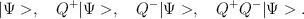
LaTeX: \begin{align*}|\Psi>, \hspace{4mm} Q^+ |\Psi>,\hspace{4mm} Q^- |\Psi>,\hspace{4mm} Q^+ Q^- |\Psi>.\end{align*}